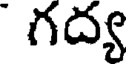
గద్య